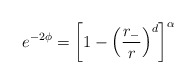
\begin{align*}e^{-2\phi}=\left[1-\left(\frac{r_-}{r}\right)^d \right]^{\alpha}\end{align*}